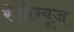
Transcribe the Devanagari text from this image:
रोड्रीग्यूज